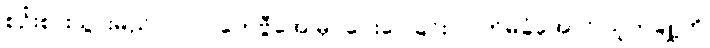
စဉ်းစားသွားမည် (၂၀၀)ကေဗွီအေ မှင်ပေးဝေခြင်း လက်မခံအောင် သူတချို့ကို